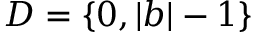
D = \{ 0 , | b | - 1 \}